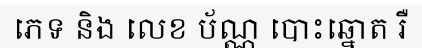
ភេទ និង លេខ ប័ណ្ណ បោះឆ្នោត រឺ